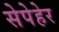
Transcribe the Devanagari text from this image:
सेपेहेर